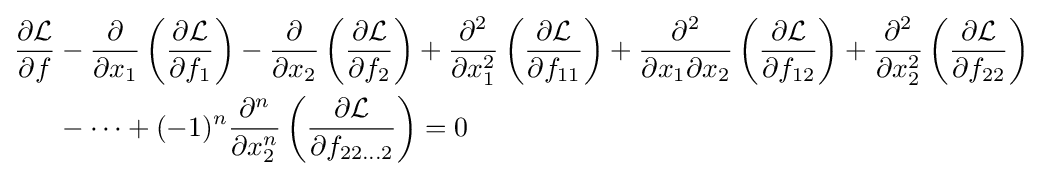
{\begin{aligned}{\frac {\partial {\mathcal {L}}}{\partial f}}&-{\frac {\partial }{\partial x_{1}}}\left({\frac {\partial {\mathcal {L}}}{\partial f_{1}}}\right)-{\frac {\partial }{\partial x_{2}}}\left({\frac {\partial {\mathcal {L}}}{\partial f_{2}}}\right)+{\frac {\partial ^{2}}{\partial x_{1}^{2}}}\left({\frac {\partial {\mathcal {L}}}{\partial f_{11}}}\right)+{\frac {\partial ^{2}}{\partial x_{1}\partial x_{2}}}\left({\frac {\partial {\mathcal {L}}}{\partial f_{12}}}\right)+{\frac {\partial ^{2}}{\partial x_{2}^{2}}}\left({\frac {\partial {\mathcal {L}}}{\partial f_{22}}}\right)\\&-\dots +(-1)^{n}{\frac {\partial ^{n}}{\partial x_{2}^{n}}}\left({\frac {\partial {\mathcal {L}}}{\partial f_{22\dots 2}}}\right)=0\end{aligned}}